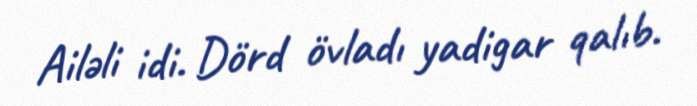
Ailəli idi. Dörd övladı yadigar qalıb.